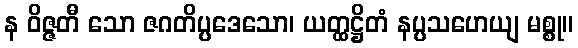
န ဝိဇ္ဇတီ သော ဇဂတိပ္ပဒေသော၊ ယတ္ထဋ္ဌိတံ နပ္ပသဟေယျ မစ္စု။